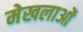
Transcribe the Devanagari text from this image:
मेखलाओं